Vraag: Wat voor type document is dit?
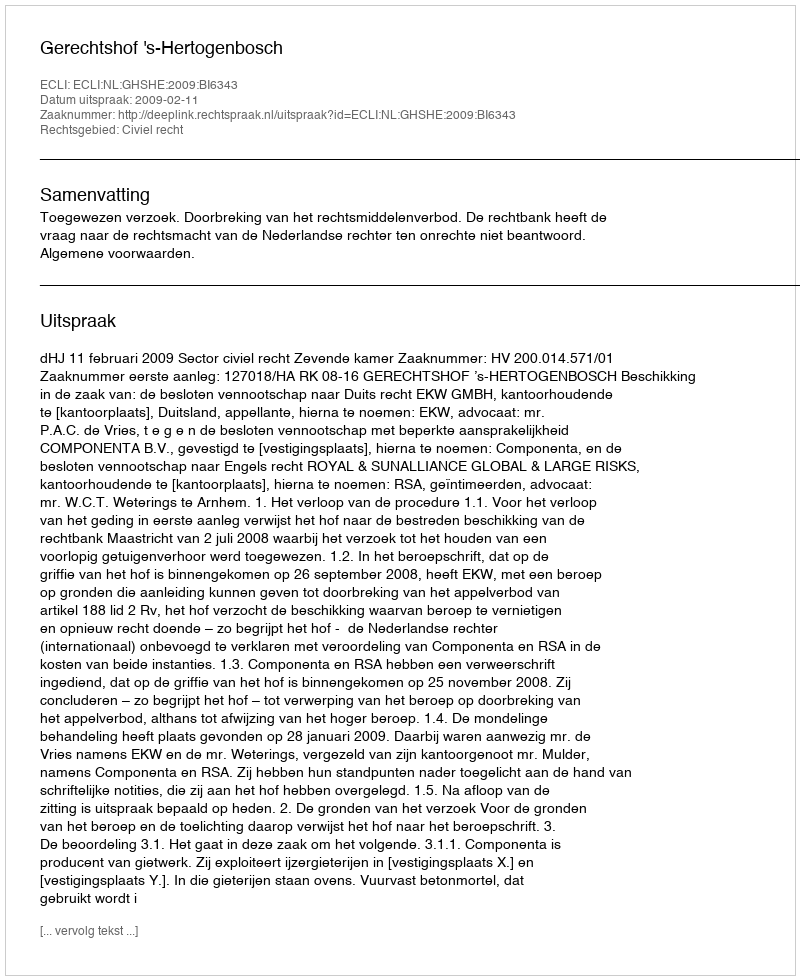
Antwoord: Uitspraak